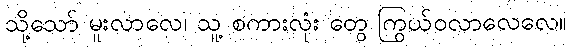
သို့သော် မူးလာလေ၊ သူ့ စကားလုံး တွေ ကြွယ်ဝလာလေလေ။